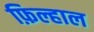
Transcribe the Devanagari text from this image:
फ़िल्हाल